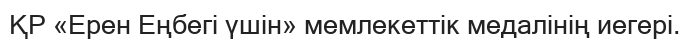
ҚР «Ерен Еңбегі үшін» мемлекеттік медалінің иегері.